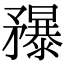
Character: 䂍